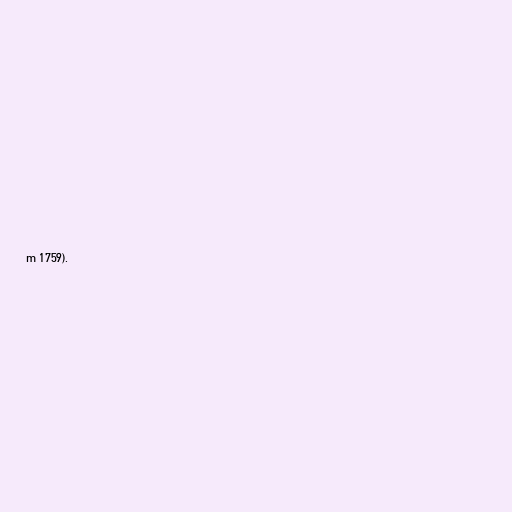
m 1759).